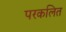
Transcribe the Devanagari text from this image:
परकलित